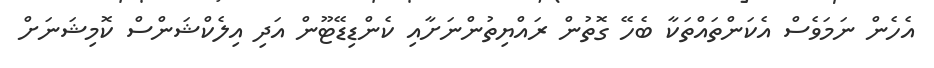
އެހެން ނަމަވެސް އެކަންތައްތަކާ ބެހޭ ގޮތުން ރައްޔިތުންނަށާއި ކެންޑިޑޭޓޫން އަދި އިލެކްޝަންސް ކޮމިޝަނަށް